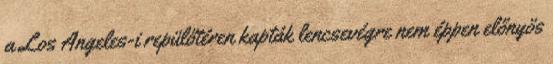
a Los Angeles-i repülőtéren kapták lencsevégre nem éppen előnyös